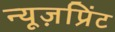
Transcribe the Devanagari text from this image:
न्यूज़प्रिंट